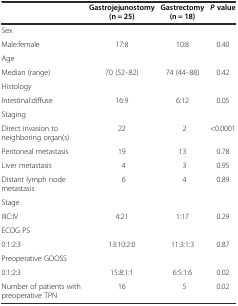
<table><thead><tr><td rowspan="2"></td><td><b>Gastrojejunostomy</b></td><td><b>Gastrectomy</b></td><td rowspan="2"><b><i>P</i>value</b></td></tr><tr><td><b>(n = 25)</b></td><td><b>(n = 18)</b></td></tr></thead><tbody><tr><td>Sex</td><td></td><td></td><td></td></tr><tr><td>Male:female</td><td>17:8</td><td>10:8</td><td>0.40</td></tr><tr><td>Age</td><td></td><td></td><td></td></tr><tr><td>Median (range)</td><td>70 (52–82)</td><td>74 (44–88)</td><td>0.42</td></tr><tr><td>Histology</td><td></td><td></td><td></td></tr><tr><td>Intestinal:diffuse</td><td>16:9</td><td>6:12</td><td>0.05</td></tr><tr><td>Staging</td><td></td><td></td><td></td></tr><tr><td>Direct invasion to neighboring organ(s)</td><td>22</td><td>2</td><td>&lt;0.0001</td></tr><tr><td>Peritoneal metastasis</td><td>19</td><td>13</td><td>0.78</td></tr><tr><td>Liver metastasis</td><td>4</td><td>3</td><td>0.95</td></tr><tr><td>Distant lymph node metastasis</td><td>6</td><td>4</td><td>0.89</td></tr><tr><td>Stage</td><td></td><td></td><td></td></tr><tr><td>IIIC:IV</td><td>4:21</td><td>1:17</td><td>0.29</td></tr><tr><td>ECOG PS</td><td></td><td></td><td></td></tr><tr><td>0:1:2:3</td><td>13:10:2:0</td><td>11:3:1:3</td><td>0.87</td></tr><tr><td>Preoperative GOOSS</td><td></td><td></td><td></td></tr><tr><td>0:1:2:3</td><td>15:8:1:1</td><td>6:5:1:6</td><td>0.02</td></tr><tr><td>Number of patients with preoperative TPN</td><td>16</td><td>5</td><td>0.02</td></tr></tbody></table>